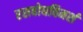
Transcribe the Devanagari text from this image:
रसबोधविमर्श